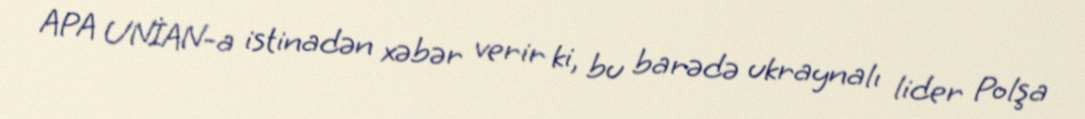
APA UNİAN-a istinadən xəbər verir ki, bu barədə ukraynalı lider Polşa